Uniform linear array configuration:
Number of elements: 12
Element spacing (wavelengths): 1
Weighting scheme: hann
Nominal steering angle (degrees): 30
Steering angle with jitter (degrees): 28.661
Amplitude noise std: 0.05
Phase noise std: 0.05

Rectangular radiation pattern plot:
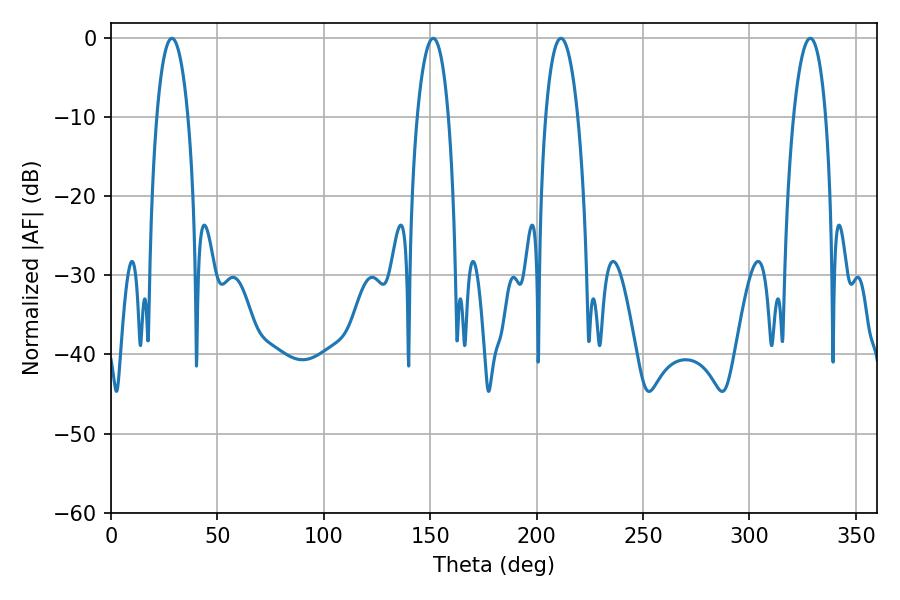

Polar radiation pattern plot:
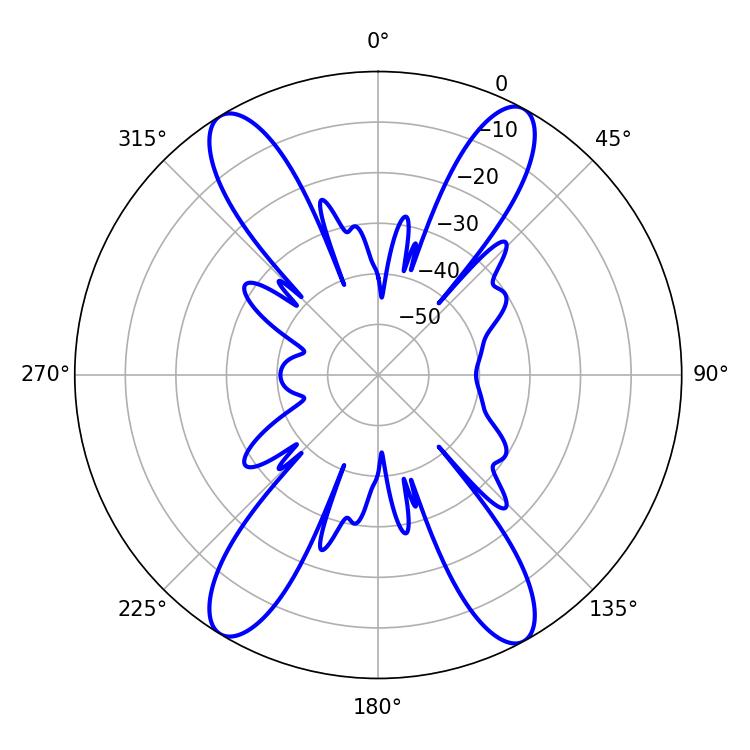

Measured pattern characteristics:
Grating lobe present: TRUE
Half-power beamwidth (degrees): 8.28
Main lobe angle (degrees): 28.62